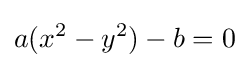
a(x^{2}-y^{2})-b=0